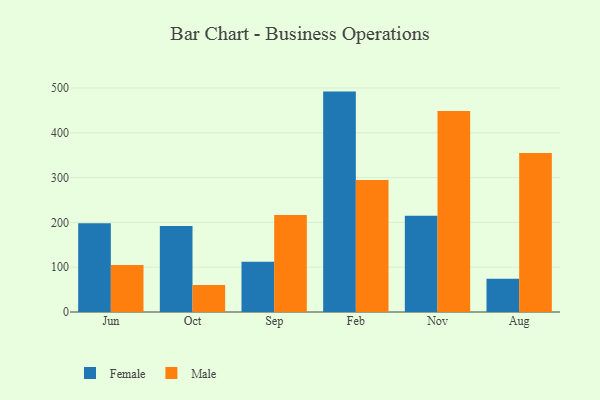
{"axis": {"x": "Month", "y": "Headcount"}, "legend": ["Female", "Male"], "data": [{"x": "Jun", "y": 198.3, "type": "Female"}, {"x": "Jun", "y": 105.1, "type": "Male"}, {"x": "Oct", "y": 191.7, "type": "Female"}, {"x": "Oct", "y": 60.0, "type": "Male"}, {"x": "Sep", "y": 111.9, "type": "Female"}, {"x": "Sep", "y": 216.6, "type": "Male"}, {"x": "Feb", "y": 491.9, "type": "Female"}, {"x": "Feb", "y": 294.6, "type": "Male"}, {"x": "Nov", "y": 214.8, "type": "Female"}, {"x": "Nov", "y": 448.4, "type": "Male"}, {"x": "Aug", "y": 74.0, "type": "Female"}, {"x": "Aug", "y": 354.9, "type": "Male"}]}